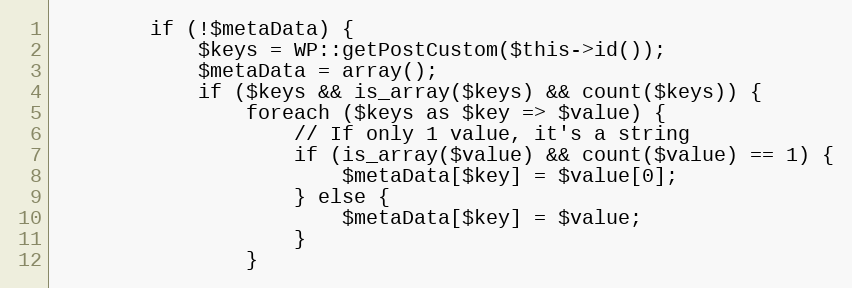
Language: PHP
        if (!$metaData) {
            $keys = WP::getPostCustom($this->id());
            $metaData = array();
            if ($keys && is_array($keys) && count($keys)) {
                foreach ($keys as $key => $value) {
                    // If only 1 value, it's a string
                    if (is_array($value) && count($value) == 1) {
                        $metaData[$key] = $value[0];
                    } else {
                        $metaData[$key] = $value;
                    }
                }